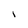
Character: I